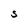
Character: S